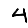
Digit: 4